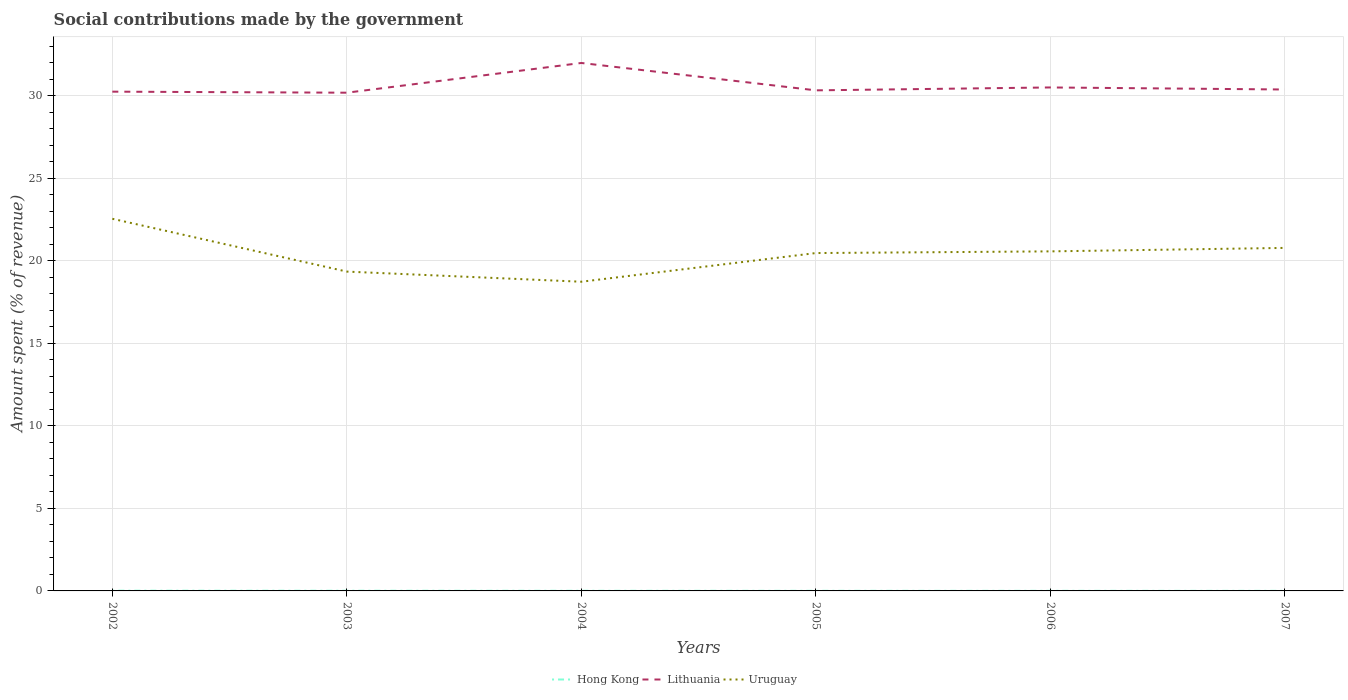
| Years | Hong Kong | Lithuania | Uruguay |
 | --- | --- | --- | --- |
 | 2002 | 0.0136 | 30.3 | 22.5 |
 | 2003 | 0.0113 | 30.2 | 19.3 |
 | 2004 | 0.00811 | 32 | 18.7 |
 | 2005 | 0.0065 | 30.3 | 20.5 |
 | 2006 | 0.00557 | 30.5 | 20.6 |
 | 2007 | 0.00462 | 30.4 | 20.8 |